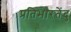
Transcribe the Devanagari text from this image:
प्रतिभारतेंदु